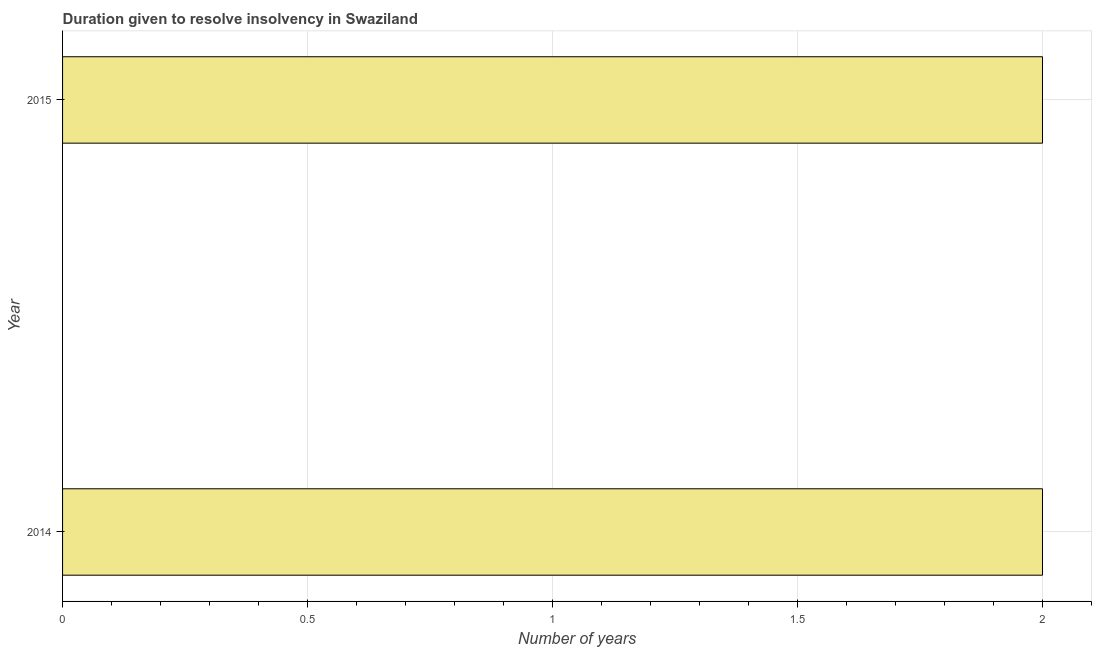
| Year | Resolve insolvency |
 | --- | --- |
 | 2014 | 2 |
 | 2015 | 2 |